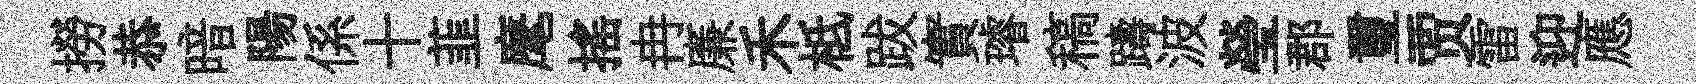
撈恭暗陽係十韮麾揺冉廉禾柢跋實璿稿躊波瑩郡璽贾雷迎應